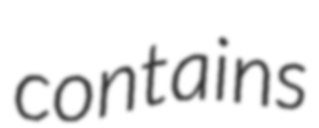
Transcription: contains